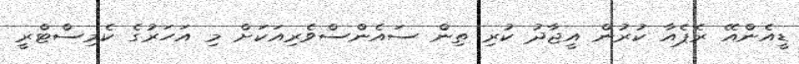
ޑީއެންއޭ ރެޕެއާ ކުރުން އީޖާދު ކުރި ތިން ސައެންސްވެރިއަކަށް މި އަހަރުގެ ކެމިސްޓްރީ